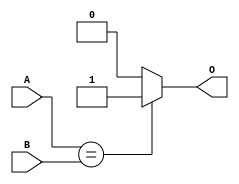
module bit1Comparator
(
    input wire A,
    input wire B,
    output wire O
);

assign O = (A==B) ? 1'b1 : 1'b0;

endmodule